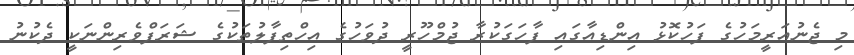
މި ޖެނުއަރީމަހުގެ ފަހުކޮޅު އިންޑިއާގައި ފާހަގަކުރާ ޖުމްހޫރީ ދުވަހުގެ އިހްތިފާލުތަކުގެ ޝަރަފްވެރިންނަކީ ދެކުނު